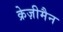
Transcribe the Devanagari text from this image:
क्रेज़ीमैन